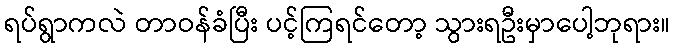
ရပ်ရွာကလဲ တာဝန်ခံပြီး ပင့်ကြရင်တော့ သွားရဦးမှာပေါ့ဘုရား။